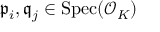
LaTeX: { \mathfrak { p } } _ { i } , { \mathfrak { q } } _ { j } \in { \mathrm { S p e c } } ( { \mathcal { O } } _ { K } )